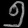
Digit: ၅